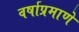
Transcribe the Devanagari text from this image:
वर्षाप्रमाणे